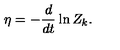
\eta = - \frac { d } { d t } \ln { Z _ { k } } .